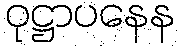
ဝုဋ္ဌာပနေန